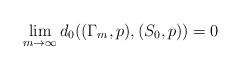
LaTeX: \begin{align*}\lim_{m\to\infty}d_0((\Gamma_m,p),(S_0,p)) = 0\end{align*}